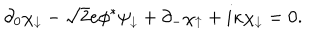
\partial _ { 0 } \chi _ { \downarrow } - \sqrt { 2 } e \phi ^ { * } \psi _ { \downarrow } + \partial _ { - } \chi _ { \uparrow } + i \kappa \chi _ { \downarrow } = 0 .